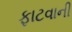
ફાટવાની